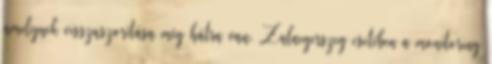
amelynek visszaszorítása még hátra van. Zalaegerszeg esetében a monitoring